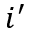
i ^ { \prime }